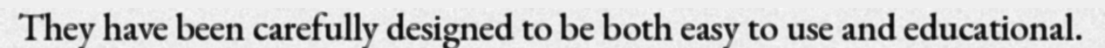
They have been carefully designed to be both easy to use and educational.